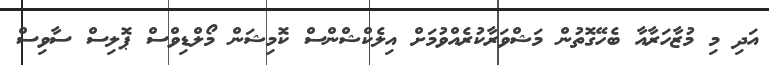
އަދި މި މުޒާހަރާއާ ބެހޭގޮތުން މަޝްވަރާކުރެއްވުމަށް އިލެކްޝްންސް ކޮމިޝަން މޯލްޑިވްސް ޕޮލިސް ސާވިސް